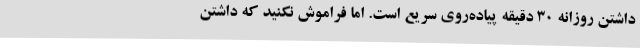
داشتن روزانه 30 دقیقه پیاده‌روی سریع است. اما فراموش نکنید که داشتن